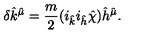
\delta { \hat { k } } ^ { \hat { \mu } } = \frac { m } { 2 } ( i _ { \hat { k } } i _ { \hat { h } } { \hat { \chi } } ) { \hat { h } } ^ { \hat { \mu } } .